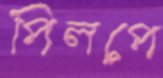
পিলপে